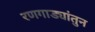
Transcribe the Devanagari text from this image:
रणगाड्यांतुन